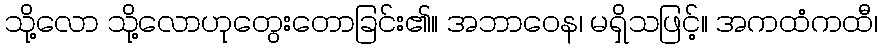
သို့လော သို့လောဟုတွေးတောခြင်း၏။ အဘာဝေန၊ မရှိသဖြင့်။ အကထံကထီ၊